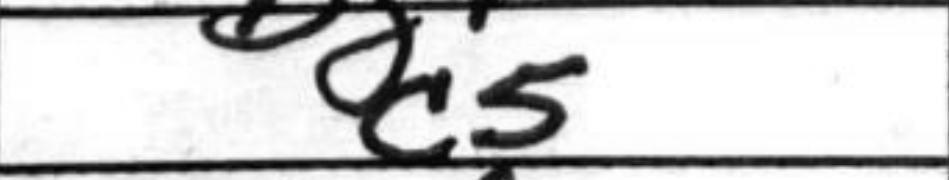
Transcription: c5